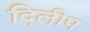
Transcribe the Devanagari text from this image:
दि्लीप